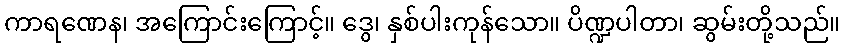
ကာရဏေန၊ အကြောင်းကြောင့်။ ဒွေ၊ နှစ်ပါးကုန်သော။ ပိဏ္ဍပါတာ၊ ဆွမ်းတို့သည်။